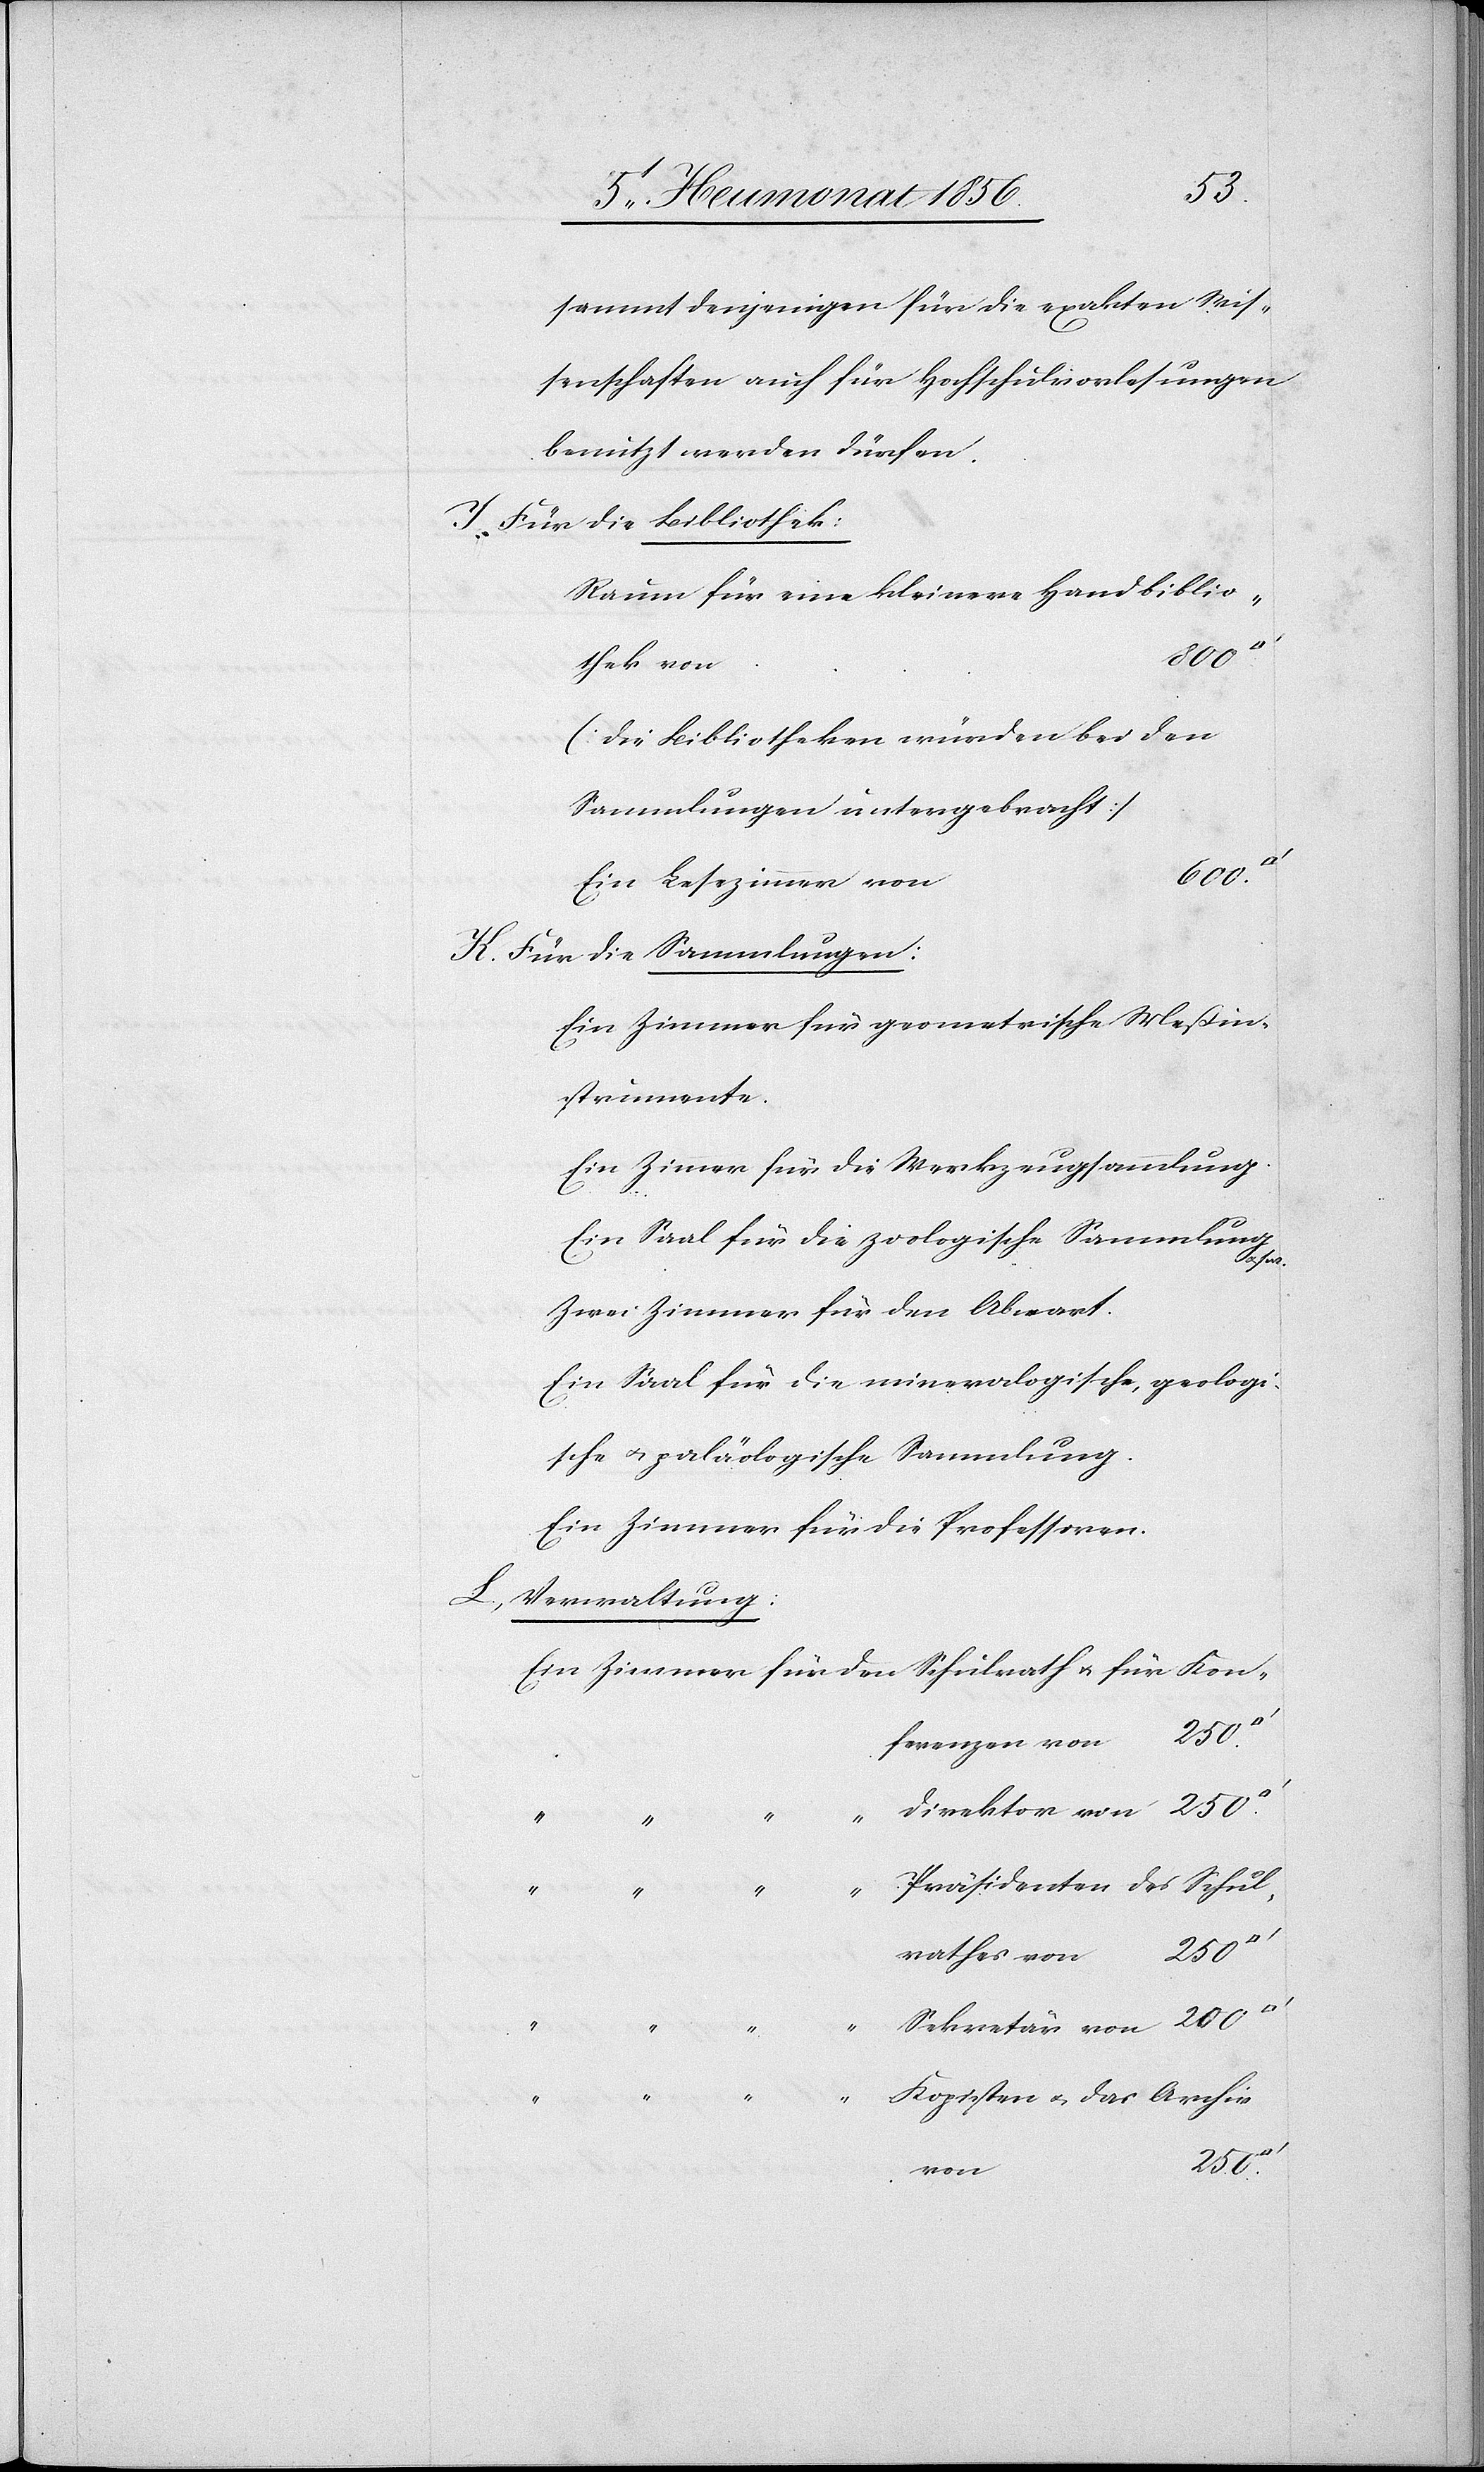
sammt denjenigen für die exakten Wis¬
senschaften auch für Hochschulvorlesungen
benutzt werden dürfen.
Für die Bibliothek:
Raum für eine kleinere Handbiblio¬
Kon¬
thek von
[Die Bibliotheken würden bei den
Sammlungen untergebracht]
400–1500
Ein Lesezimmer von
Für die Sammlungen:
Ein Zimmer für geometrische Meßin¬
strumente.
Ein Zimmer für die Werkzeugsammlung.
Ein Saal für die zoologische Sammlung
Sekretär
Zwei Zimmer für den Abwart.
Ein Saal für die mineralogische, geologi¬
sche u. paläologische Sammlung.
Ein Zimmer für die Professoren.
Verwaltung:
250.
ferenzen von
“
Präsidenten des Schul¬
I.
Kopisten u. das Archiv
600.
von